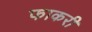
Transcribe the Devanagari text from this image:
फाकरी